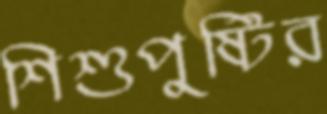
শিশুপুষ্টির